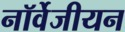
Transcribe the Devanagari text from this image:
नॉर्वेजीयन